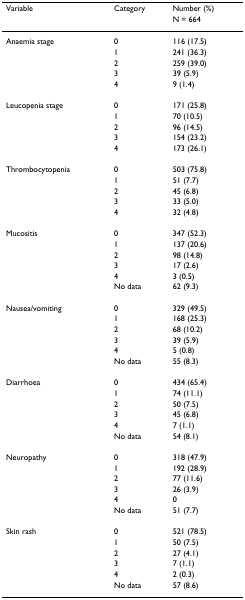
<table><thead><tr><td><b>Variable</b></td><td><b>Category</b></td><td><b>Number (%)</b></td></tr><tr><td>[EMPTY_CELL]</td><td>[EMPTY_CELL]</td><td><b>N = 664</b></td></tr></thead><tbody><tr><td>Anaemia stage</td><td>0</td><td>116 (17.5)</td></tr><tr><td>[EMPTY_CELL]</td><td>1</td><td>241 (36.3)</td></tr><tr><td>[EMPTY_CELL]</td><td>2</td><td>259 (39.0)</td></tr><tr><td>[EMPTY_CELL]</td><td>3</td><td>39 (5.9)</td></tr><tr><td>[EMPTY_CELL]</td><td>4</td><td>9 (1.4)</td></tr><tr><td>Leucopenia stage</td><td>0</td><td>171 (25.8)</td></tr><tr><td>[EMPTY_CELL]</td><td>1</td><td>70 (10.5)</td></tr><tr><td>[EMPTY_CELL]</td><td>2</td><td>96 (14.5)</td></tr><tr><td>[EMPTY_CELL]</td><td>3</td><td>154 (23.2)</td></tr><tr><td>[EMPTY_CELL]</td><td>4</td><td>173 (26.1)</td></tr><tr><td>Thrombocytopenia</td><td>0</td><td>503 (75.8)</td></tr><tr><td>[EMPTY_CELL]</td><td>1</td><td>51 (7.7)</td></tr><tr><td>[EMPTY_CELL]</td><td>2</td><td>45 (6.8)</td></tr><tr><td>[EMPTY_CELL]</td><td>3</td><td>33 (5.0)</td></tr><tr><td>[EMPTY_CELL]</td><td>4</td><td>32 (4.8)</td></tr><tr><td>Mucositis</td><td>0</td><td>347 (52.3)</td></tr><tr><td>[EMPTY_CELL]</td><td>1</td><td>137 (20.6)</td></tr><tr><td>[EMPTY_CELL]</td><td>2</td><td>98 (14.8)</td></tr><tr><td>[EMPTY_CELL]</td><td>3</td><td>17 (2.6)</td></tr><tr><td>[EMPTY_CELL]</td><td>4</td><td>3 (0.5)</td></tr><tr><td>[EMPTY_CELL]</td><td>No data</td><td>62 (9.3)</td></tr><tr><td>Nausea/vomiting</td><td>0</td><td>329 (49.5)</td></tr><tr><td>[EMPTY_CELL]</td><td>1</td><td>168 (25.3)</td></tr><tr><td>[EMPTY_CELL]</td><td>2</td><td>68 (10.2)</td></tr><tr><td>[EMPTY_CELL]</td><td>3</td><td>39 (5.9)</td></tr><tr><td>[EMPTY_CELL]</td><td>4</td><td>5 (0.8)</td></tr><tr><td>[EMPTY_CELL]</td><td>No data</td><td>55 (8.3)</td></tr><tr><td>Diarrhoea</td><td>0</td><td>434 (65.4)</td></tr><tr><td>[EMPTY_CELL]</td><td>1</td><td>74 (11.1)</td></tr><tr><td>[EMPTY_CELL]</td><td>2</td><td>50 (7.5)</td></tr><tr><td>[EMPTY_CELL]</td><td>3</td><td>45 (6.8)</td></tr><tr><td>[EMPTY_CELL]</td><td>4</td><td>7 (1.1)</td></tr><tr><td>[EMPTY_CELL]</td><td>No data</td><td>54 (8.1)</td></tr><tr><td>Neuropathy</td><td>0</td><td>318 (47.9)</td></tr><tr><td>[EMPTY_CELL]</td><td>1</td><td>192 (28.9)</td></tr><tr><td>[EMPTY_CELL]</td><td>2</td><td>77 (11.6)</td></tr><tr><td>[EMPTY_CELL]</td><td>3</td><td>26 (3.9)</td></tr><tr><td>[EMPTY_CELL]</td><td>4</td><td>0</td></tr><tr><td>[EMPTY_CELL]</td><td>No data</td><td>51 (7.7)</td></tr><tr><td>Skin rash</td><td>0</td><td>521 (78.5)</td></tr><tr><td>[EMPTY_CELL]</td><td>1</td><td>50 (7.5)</td></tr><tr><td>[EMPTY_CELL]</td><td>2</td><td>27 (4.1)</td></tr><tr><td>[EMPTY_CELL]</td><td>3</td><td>7 (1.1)</td></tr><tr><td>[EMPTY_CELL]</td><td>4</td><td>2 (0.3)</td></tr><tr><td>[EMPTY_CELL]</td><td>No data</td><td>57 (8.6)</td></tr></tbody></table>